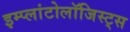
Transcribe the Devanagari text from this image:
इम्प्लांटोलॉजिस्ट्स